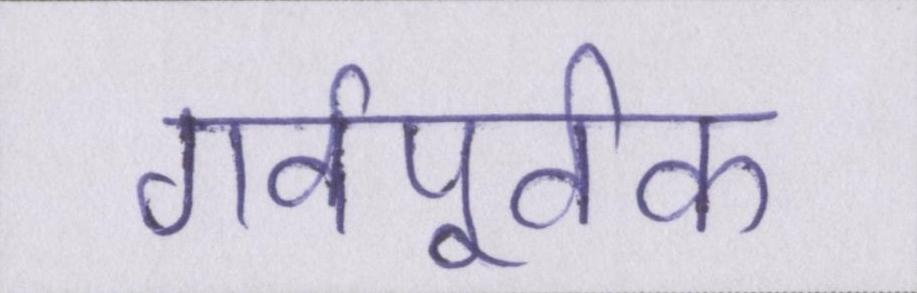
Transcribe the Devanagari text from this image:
गर्वपूर्वक